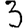
Digit: 3